Report on vaccination in the Province of Bengal - 1874-1889
Year: 1874
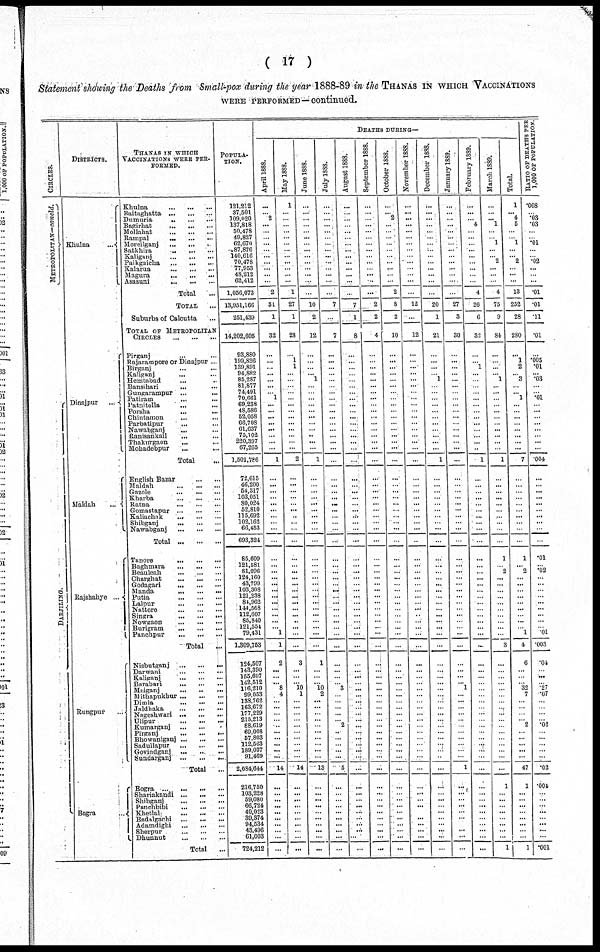
( 17 )
Statement showing the Deaths from Small-pox during the year 1888-89 in the THANAS IN WHICH VACCINATIONS
WERE PERFORMED—continued.
CIRCLES.
METROPOLITAN—concld.
DARJILING.
DISTRICTS.
Khulna...
Dinajpur
...
Maldah ...
Rajshahye
...
Rungpur ...
Bogra
...
THANAS IN WHICH
VACCINATIONS WERE PER-
FORMED.
Khulna
...
...
...
Baitaghatta ... ... ...
Dumuria
...
...
...
Bagirhat ... ... ...
Mollahat
...
...
...
Rampal
...
...
...
Moreilganj ... ... ...
Satkhira
...
...
...
Kaliganj
...
...
...
Paikgaicha
...
...
...
Kalarua
...
...
...
Magara
...
...
...
Asasuni
Total ...
TOTAL ...
Suburbs of Calcutta ...
TOTAL OF METROPOLITAN
CIRCLES
...
...
...
Pirganj ... ... ...
Rajararampore or Dinajpur ...
Birganj ... ... ...
Kaliganj ... ... ...
Hemtabad ... ... ...
Bansihari ... ... ...
Gungarampur ... ... ...
Patiram
...
...
...
Patnitolla ... ... ...
Porsha ... ... ...
Chintamon ... ... ...
Parbatipur ... ... ...
Nawabganj ... ... ...
Ranisankail ... ... ...
Thakurgaon ... ... ...
Mohadebpur ... ... ...
Total...
English Bazar ... ... ...
Maldah
...
...
...
Gazole
...
...
...
Kharba
...
...
...
Ratna
...
...
...
Gomastapur
...
...
...
Kaliachak ... ... ...
Shibganj
...
...
...
Nawabganj
...
...
...
Total
...
...
...
Tanore
...
...
...
Baghmara
...
...
...
Beauleah
...
...
...
Charghat
...
...
...
Godagari
...
...
...
Manda
...
...
...
Putia
...
...
...
Lalpur
...
...
...
Nattore
...
...
...
Singra
...
...
...
Nowgaon
...
...
...
Burigram
...
...
...
Panchpur
...
...
...
Total
...
Nisbutganj
...
...
...
Darwani
...
...
...
Kaliganj
...
...
...
Barabari ... ... ...
Maiganj
...
...
...
Mithapukhur ... ... ...
Dimla
...
...
...
Jaldhaka
...
...
...
Nageshwari
...
...
...
Ulipur
...
...
...
Kumarganj
...
...
...
Pirganj
...
...
...
Bhowaniganj ... ... ...
Sadullapur
...
...
...
Govindganj
...
...
...
Sundarganj
...
...
...
Total ...
Bogra
...
...
...
Shariakandi
...
...
...
Shibganj
...
...
...
Panchbibi
...
...
...
Khetlal
...
...
...
Badalgachi
...
...
...
Adamdighi
...
...
...
Sherpur
...
...
...
Dhunnut
...
...
...
Total
...
POPULA-
TION.
121,212
37,501
109,020
187,818
60,478
49,827
62,670
87,876
140,616
70,478
77,953
48,212
62,412
1,056,073
13,951,166
251,439
14,202,605
93,880
199,826
139,891
94,882
85,287
81,877
74,491
70,661
69,238
48,586
52,058
66,708
61,637
75,102
220,397
67,265
1,501,786
72,615
46,200
54,317
103,051
80,024
52,810
115,692
102,162
66,453
693,324
85,609
121,581
81,096
124,160
43,799
10,308 121,238
84,962
144,568
112,607
85,840
121,554
79,431
1,309,753
124,507
143,390
155,607
142,512
116,210
99,053
188,762
163,672
177,229
215,213
88,619
69,008
57,803
112,563
189,027
91,469
2,084,644
216,750
103,228
59,080
66,724
40,023
39,374
94,534
43,496
61,003
724,212
DEATHS DURING—
April 1888.
...
...
2
...
...
...
...
...
...
...
...
...
...
2
31
1
32
...
...
...
...
...
...
...
1
...
...
...
...
...
...
...
...
1
...
...
...
...
...
...
...
...
...
...
...
...
...
...
...
... ...
...
...
...
...
...
1
1
2
...
...
...
8
4
...
...
...
...
...
...
...
...
...
...
14
...
...
...
...
...
...
...
...
...
...
May 1888.
1
...
...
...
...
...
...
...
...
...
...
...
...
1
27
1
28
...
1
1
...
...
...
...
...
...
...
...
...
...
... ...
...
2
...
...
...
...
... ...
..
...
...
...
...
...
...
...
...
... ...
...
...
...
...
...
...
...
3
...
...
...
10
1
... ...
...
...
...
...
...
...
...
...
14
...
...
...
...
...
...
...
...
...
...
June 1888.
...
...
...
...
...
...
...
...
...
...
...
...
...
...
10
2
12
...
...
...
...
1
...
...
...
...
...
...
...
...
..
...
...
1
...
...
...
...
...
...
...
...
...
...
...
...
... ...
...
... ...
...
... ...
... ...
...
...
1
...
... ...
10
2
...
...
...
...
... ...
...
...
...
...
13
...
...
...
...
...
...
...
...
...
...
July 1888.
...
...
...
...
...
...
...
...
...
...
...
...
...
...
7
...
7
...
...
...
...
...
...
...
...
...
...
...
...
...
...
...
...
...
...
...
...
...
...
...
...
...
...
...
...
...
...
...
...
... ...
...
...
...
...
...
...
...
...
...
...
... 3
...
...
...
...
...
... ...
...
...
...
...
5
...
...
... ...
...
...
...
...
...
...
August 1888.
...
...
...
...
...
...
...
...
...
...
...
...
...
...
7
1
8
...
...
...
...
...
...
...
... ...
...
...
...
...
...
...
...
...
...
... ...
...
... ...
...
...
...
...
...
...
...
...
...
... ...
...
... ...
... ...
...
...
...
...
...
... ...
...
...
...
...
...
...
...
... ...
...
...
...
...
...
...
...
...
... ...
...
...
...
September 1888.
...
...
...
...
...
...
...
...
...
...
...
...
...
...
2
2
4
...
...
...
...
...
...
...
...
...
...
...
...
...
...
...
...
...
...
...
...
...
...
...
...
...
...
...
...
...
...
...
...
... ...
...
...
...
...
...
...
...
...
...
...
...
...
...
...
...
...
...
...
...
...
...
...
...
...
...
...
...
...
...
...
...
...
...
...
October 1888.
...
...
2
...
...
...
...
...
...
...
...
...
...
2
8
2
10
...
...
...
... ...
...
...
... ...
...
...
...
...
...
...
...
...
...
... ...
...
...
...
...
...
...
...
...
...
... ...
...
... ...
...
...
...
... ...
...
...
...
...
... ...
...
...
... ...
...
...
...
...
... ...
...
...
...
...
...
... ...
...
...
...
...
...
...
November 1888.
...
...
...
...
...
...
...
...
...
...
...
...
...
...
12
...
12
...
...
...
...
...
...
...
...
...
...
...
...
...
...
...
...
...
...
...
...
...
...
...
...
...
...
...
...
...
...
...
...
... ...
...
...
...
...
...
...
...
...
...
...
... ...
...
...
...
...
...
... ...
...
...
...
...
...
...
...
... ...
...
...
...
...
...
...
December 1888.
...
...
...
...
...
...
...
...
...
...
...
...
...
...
20
1
21
...
...
...
...
1
...
...
...
...
...
...
...
...
...
...
...
1
...
...
...
...
...
...
...
...
...
...
...
...
...
...
...
... ...
...
... ...
...
...
...
...
...
...
...
...
...
...
...
...
...
...
... ...
... ...
...
...
...
...
... ...
...
...
... ...
...
...
January 1889.
...
...
...
...
...
...
...
...
...
...
...
...
...
...
27
3
30
...
...
...
...
...
...
...
...
...
...
...
...
...
...
...
...
...
...
... ...
...
...
...
...
...
...
...
...
...
...
...
...
... ...
...
... ...
...
...
...
...
...
...
... ...
1
...
... ...
...
...
... ...
...
...
...
...
1
...
...
...
...
...
...
...
...
...
...
February 1889.
...
...
...
4
...
...
...
...
...
...
...
...
...
4
26
6
32
...
...
1
...
...
...
...
...
...
...
...
...
...
...
...
...
1
...
...
...
...
...
...
...
...
...
...
...
...
... ...
...
... ...
...
...
...
...
...
...
...
...
...
...
...
...
...
...
...
...
...
...
...
...
...
...
...
...
...
...
...
...
...
...
...
...
...
...
March 1889.
...
...
...
1
...
...
1
...
...
2
...
...
...
4
75
9
84
...
...
...
...
1
...
...
...
...
...
...
...
...
...
...
...
1
...
...
...
...
...
...
...
...
...
...
1
...
2
...
...
... ...
...
...
...
... ...
...
3
...
...
...
... ...
...
...
...
...
...
...
...
...
...
...
...
...
1
...
...
...
...
...
...
...
...
1
Total.
1
...
4
5
...
...
1
...
...
2
...
...
...
13
252
28
280
...
1
2
...
3
...
...
1
...
...
...
...
...
...
...
...
7
...
...
...
...
... ...
...
...
...
...
1
...
... ...
...
... ...
... ...
...
...
...
1
4
6
...
...
... 32
7
...
...
...
...
...
...
...
...
...
...
47
1
...
...
...
...
...
...
...
...
1
RATIO OF DEATHS PER
1,000 OF POPULATION.
.008
...
.03
.03
...
...
.01
...
...
.02
...
...
...
.01
.01
.11
.01
...
.005
.01
...
.03
...
...
.01
...
...
...
...
...
... ...
...
.004
...
... ...
...
...
...
...
...
...
...
.01
...
.02
...
...
... ...
...
...
...
...
...
.01
.003
.04
... ...
... .27
.07
...
...
...
...
.02
...
...
...
...
...
.02
.004
...
...
...
...
...
...
...
...
.001